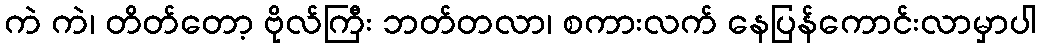
ကဲ ကဲ၊ တိတ်တော့ ဗိုလ်ကြီး ဘတ်တလာ၊ စကားလက် နေပြန်ကောင်းလာမှာပါ